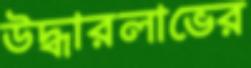
উদ্ধারলাভের